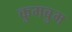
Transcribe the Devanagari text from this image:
कुमबुम